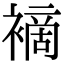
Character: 䙗